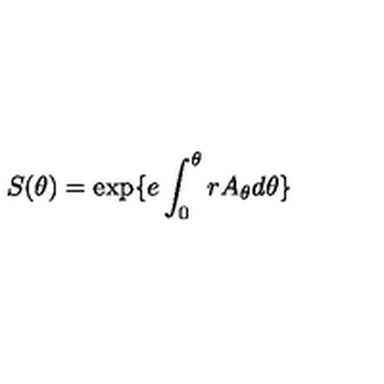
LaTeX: S ( \theta ) = \exp \{ e \int _ { 0 } ^ { \theta } r A _ { \theta } d \theta \}